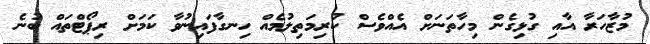
މުޒާހަރާ އާއި ގުޅިގެން މިހާތަނަށް އެއްވެސް ކުރިމަތިލުމެއް ހިނގާފައިނުވާ ކަމަށް ރިޕޯޓްތައް ބުނެ